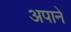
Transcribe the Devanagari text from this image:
अपाने